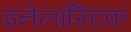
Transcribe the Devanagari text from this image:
इनेलास्टिक